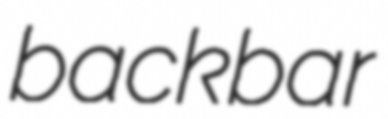
backbar